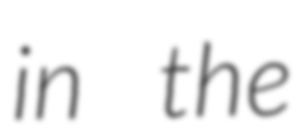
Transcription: in the